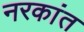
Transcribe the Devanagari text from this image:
नरकांत